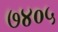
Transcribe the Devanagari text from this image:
७४०५